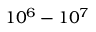
1 0 ^ { 6 } - 1 0 ^ { 7 }